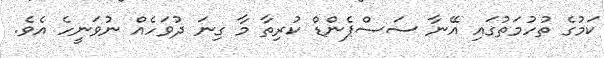
ކަމުގެ ތުހުމަތުގައި އޭނާ ސަސްޕެންޑް ކުރިތާ މާ ގިނަ ދުވަހެއް ނުވަނީހެ އެވެ.